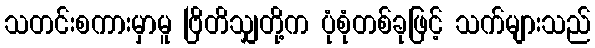
သတင်းစကားမှာမူ ဗြိတိသျှတို့က ပုံစုံတစ်ခုဖြင့် သက်များသည်